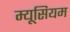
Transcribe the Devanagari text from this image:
म्यूसियम